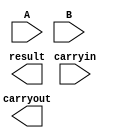
//=========================================================================
// Name & Email must be EXACTLY as in Gradescope roster!
// Name: 
// Email: 
// 
// Assignment name: 
// Lab section: 
// TA: 
// 
// I hereby certify that I have not received assistance on this assignment,
// or used code, from ANY outside source other than the instruction team
// (apart from what was provided in the starter file).
//
//=========================================================================

`timescale 1ns / 1ps

//  Constant definitions 

module carry_look_ahead_adder # ( parameter NUMBITS = 16 ) (
  input  wire[NUMBITS-1:0] A, 
  input  wire[NUMBITS-1:0] B, 
  input wire carryin, 
  output reg [NUMBITS-1:0] result,  
  output reg carryout
);

    // ------------------------------
    // Insert your solution below
    // ------------------------------ 

endmodule